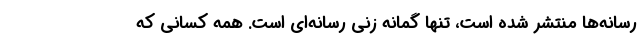
رسانه‌ها منتشر شده است، تنها گمانه زنی رسانه‌ای است.‌ همه کسانی که